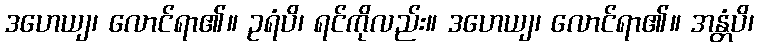
ဒဟေယျ၊ လောင်ရာ၏။ ဥရံပိ၊ ရင်ကိုလည်း။ ဒဟေယျ၊ လောင်ရာ၏။ အန္တံပိ၊